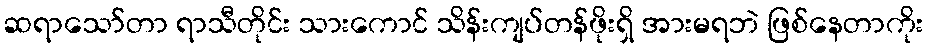
ဆရာသော်တာ ရာသီတိုင်း သားကောင် သိန်းကျပ်တန်ဖိုးရှိ အားမရဘဲ ဖြစ်နေတာကိုး